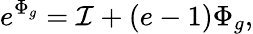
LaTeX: e^{\Phi_{g}}={\cal I}+\left(e-1\right)\Phi_{g},